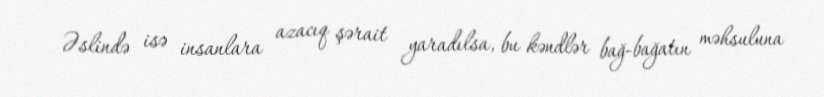
Əslində isə insanlara azacıq şərait yaradılsa, bu kəndlər bağ-bağatın məhsuluna